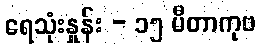
ရေသုံးနှုန်း - ၁၅ မီတာကုဗ